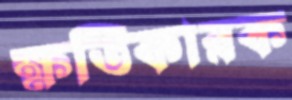
ক্ষতিকারক